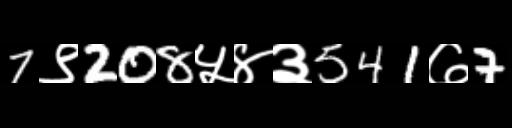
Text: 7९208५४३541७7